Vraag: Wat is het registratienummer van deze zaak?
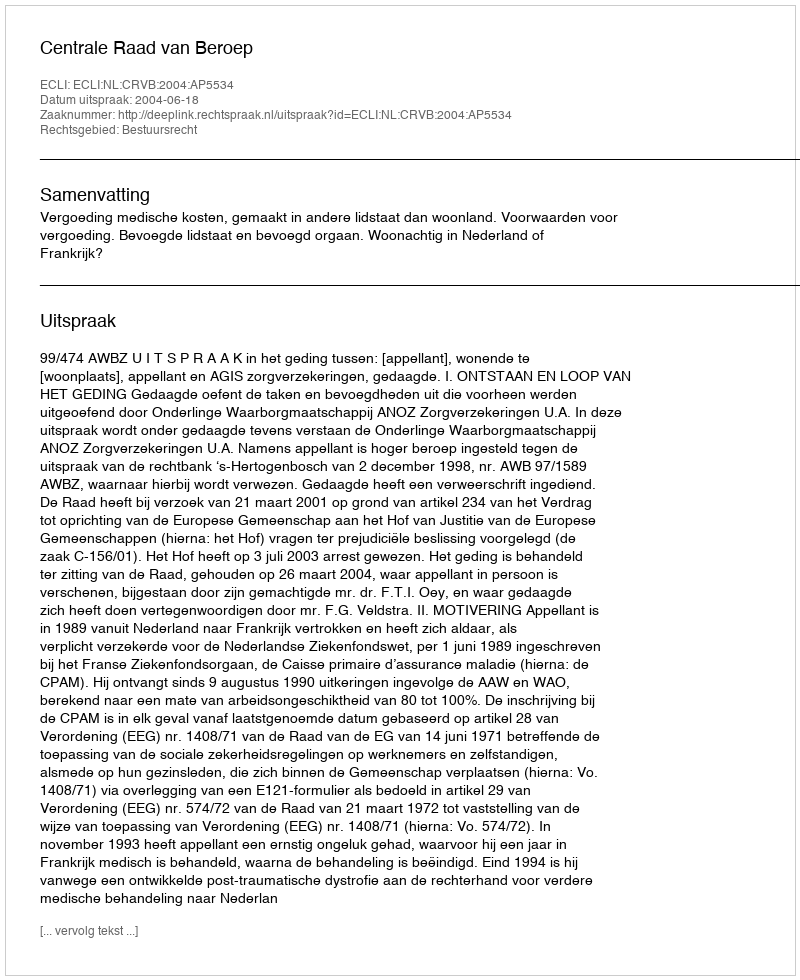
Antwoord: http://deeplink.rechtspraak.nl/uitspraak?id=ECLI:NL:CRVB:2004:AP5534